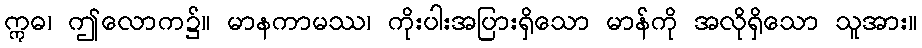
ဣဓ၊ ဤလောက၌။ မာနကာမဿ၊ ကိုးပါးအပြားရှိသော မာန်ကို အလိုရှိသော သူအား။